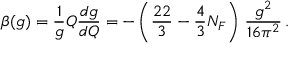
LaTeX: \beta ( g ) = \frac { 1 } { g } Q \frac { d g } { d Q } = - \left( \frac { 2 2 } { 3 } - \frac { 4 } { 3 } N _ { F } \right) \, \frac { g ^ { 2 } } { 1 6 \pi ^ { 2 } } \, .